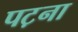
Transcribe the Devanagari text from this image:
पट़ना